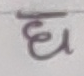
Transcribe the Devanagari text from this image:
छ